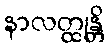
နာလတ္ထုန္တိ